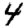
Digit: 4